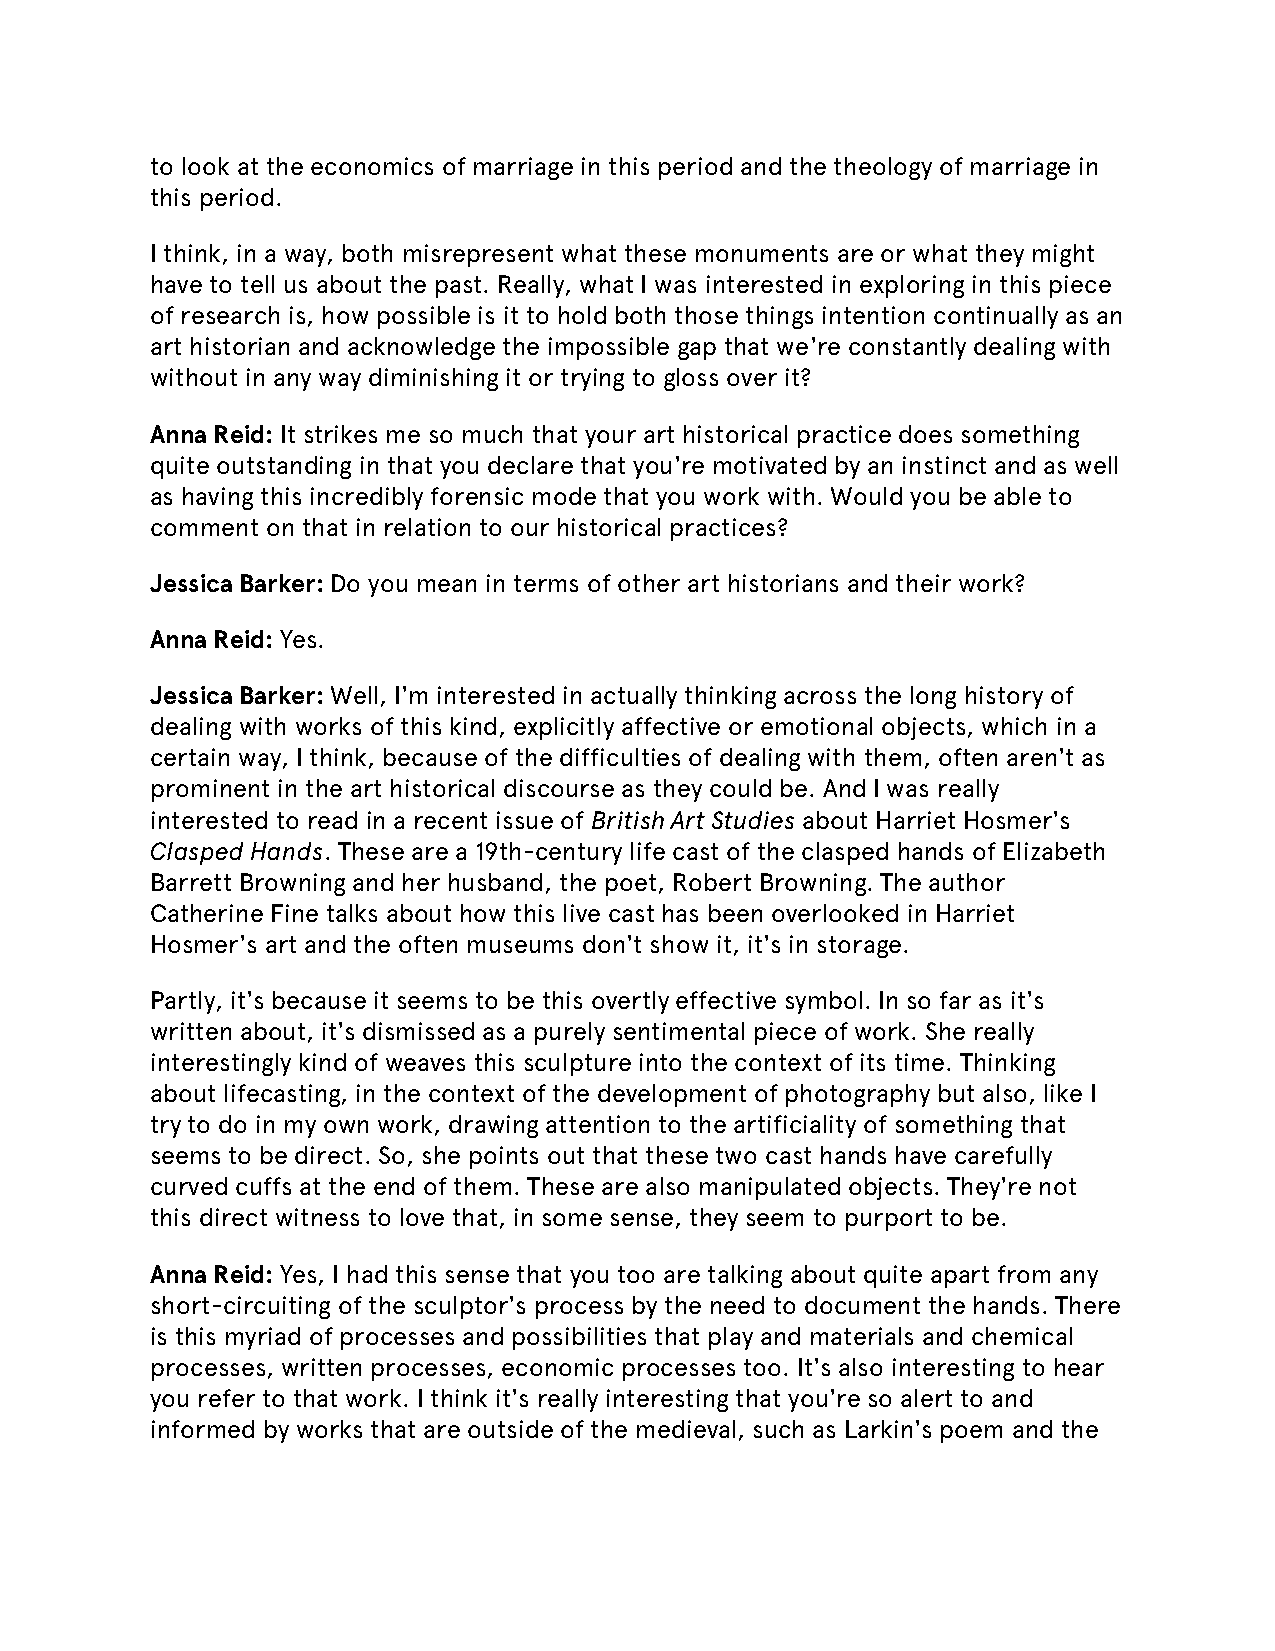
to look at the economics of marriage in this period and the theology of marriage in
 this period.
 I think, in a way, both misrepresent what these monuments are or what they might
 have to tell us about the past. Really, what I was interested in exploring in this piece
 of research is, how possible is it to hold both those things intention continually as an
 art historian and acknowledge the impossible gap that we're constantly dealing with
 without in any way diminishing it or trying to gloss over it?
 Anna Reid: It strikes me so much that your art historical practice does something
 quite outstanding in that you declare that you're motivated by an instinct and as well
 as having this incredibly forensic mode that you work with. Would you be able to
 comment on that in relation to our historical practices?
 Jessica Barker: Do you mean in terms of other art historians and their work?
 Anna Reid: Yes.
 Jessica Barker: Well, I'm interested in actually thinking across the long history of
 dealing with works of this kind, explicitly affective or emotional objects, which in a
 certain way, I think, because of the difficulties of dealing with them, often aren't as
 prominent in the art historical discourse as they could be. And I was really
 interested to read in a recent issue of British Art Studies about Harriet Hosmer's
 Clasped Hands. These are a 19th-century life cast of the clasped hands of Elizabeth
 Barrett Browning and her husband, the poet, Robert Browning. The author
 Catherine Fine talks about how this live cast has been overlooked in Harriet
 Hosmer's art and the often museums don't show it, it's in storage.
 Partly, it's because it seems to be this overtly effective symbol. In so far as it's
 written about, it's dismissed as a purely sentimental piece of work. She really
 interestingly kind of weaves this sculpture into the context of its time. Thinking
 about lifecasting, in the context of the development of photography but also, like I
 try to do in my own work, drawing attention to the artificiality of something that
 seems to be direct. So, she points out that these two cast hands have carefully
 curved cuffs at the end of them. These are also manipulated objects. They're not
 this direct witness to love that, in some sense, they seem to purport to be.
 Anna Reid: Yes, I had this sense that you too are talking about quite apart from any
 short-circuiting of the sculptor's process by the need to document the hands. There
 is this myriad of processes and possibilities that play and materials and chemical
 processes, written processes, economic processes too. It's also interesting to hear
 you refer to that work. I think it's really interesting that you're so alert to and
 informed by works that are outside of the medieval, such as Larkin's poem and the